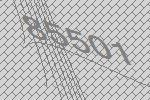
85501